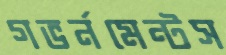
গভর্নমেন্টস